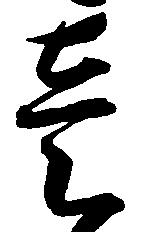
壱